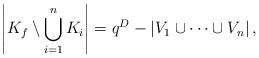
LaTeX: \begin{align*}\left| K_f \setminus \bigcup_{i=1}^{n} K_i \right| = q^{D} - \left| V_1 \cup \cdots \cup V_n \right|,\end{align*}